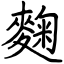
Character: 麴